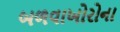
બળવાખોરોના